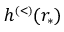
h ^ { \scriptscriptstyle ( < ) } ( r _ { * } )